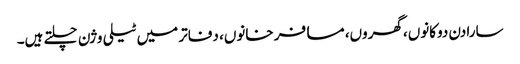
سارا دن دوکانوں، گھروں، مسافر خانوں، دفاتر میں ٹیلی وژن چلتے ہیں۔